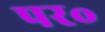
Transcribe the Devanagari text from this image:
पर॰